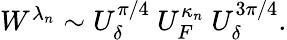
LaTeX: \begin{array}{r}{W^{\lambda_{n}}\sim U_{\delta}^{\pi/4}~U_{F}^{\kappa_{n}}~U_{\delta}^{3\pi/4}.}\end{array}